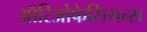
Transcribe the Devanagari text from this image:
ऑरिओफेसियन्स